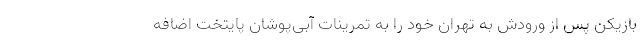
بازیکن پس از ورودش به تهران خود را به تمرینات آبی‌پوشان پایتخت اضافه